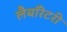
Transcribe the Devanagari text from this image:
लैबॉरेटरी